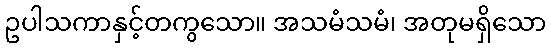
ဥပါသကာနှင့်တကွသော။ အသမံသမံ၊ အတုမရှိသော